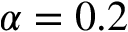
\alpha = 0 . 2